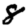
Digit: 8